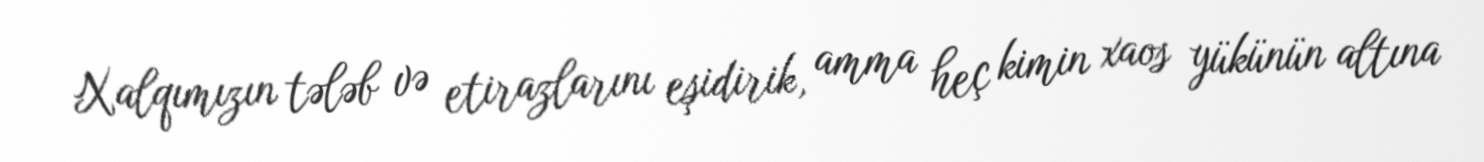
Xalqımızın tələb və etirazlarını eşidirik, amma heç kimin xaos yükünün altına